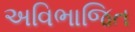
અવિભાજિત